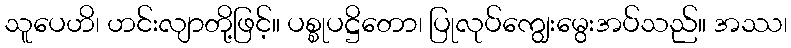
သူပေဟိ၊ ဟင်းလျာတို့ဖြင့်။ ပစ္စုပဋ္ဌိတော၊ ပြုလုပ်ကျွေးမွေးအပ်သည်။ အဿ၊